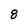
Character: 8